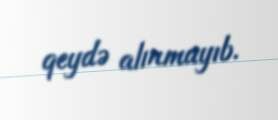
qeydə alınmayıb.